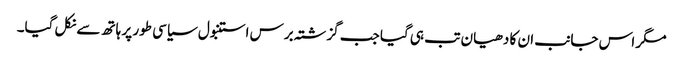
مگر اس جانب ان کا دھیان تب ہی گیا جب گزشتہ برس استنبول سیاسی طور پر ہاتھ سے نکل گیا۔